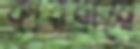
কারবারে